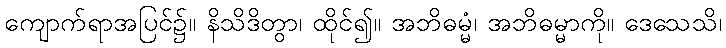
ကျောက်ရာအပြင်၌။ နိသိဒိတွာ၊ ထိုင်၍။ အဘိဓမ္မံ၊ အဘိဓမ္မာကို။ ဒေသေသိ၊